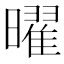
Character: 曜